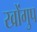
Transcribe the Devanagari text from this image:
खोंगुप